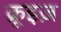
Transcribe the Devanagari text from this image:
क्रूइज़